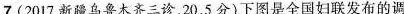
7.(2017新疆乌鲁木齐三诊，20，5分)下图是全国妇联发布的调